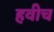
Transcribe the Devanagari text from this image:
हवीच